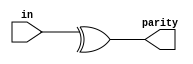
module reduction(

    input [7:0] in,
    output parity

);

    assign parity =  ^in;


endmodule

/*

    & a[3:0]     // AND: a[3]&a[2]&a[1]&a[0]. Equivalent to (a[3:0] == 4'hf)
    | b[3:0]     // OR:  b[3]|b[2]|b[1]|b[0]. Equivalent to (b[3:0] != 4'h0)
    ^ c[2:0]     // XOR: c[2]^c[1]^c[0]



*/
module tb;

    reg [7:0] in;
    wire parity;

    reduction u0(.in(in), .parity(parity));

    integer i;

    initial begin

        $display("in\tparity");
        $monitor("%d\t%d", in, parity);

    end

    initial begin

        in = 0;
            for(i = 0; i < 10; i = i+1) begin
            #10
            in = $random;
            end
    end 

endmodule